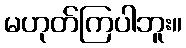
မဟုတ်ကြပါဘူး။